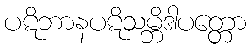
ပဋိဘာနပဋိသမ္ဘိဒါပတ္တော